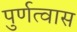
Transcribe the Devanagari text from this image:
पुर्णत्‍वास